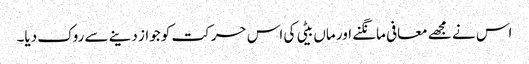
اس نے مجھے معافی مانگنے اور ماں بیٹی کی اس حرکت کو جواز دینے سے روک دیا۔